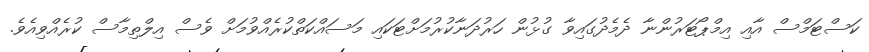
ކަސްޓަމްސް އާއި އިމްޕޯޓަރުންނާ ދެމެދުގައިވާ ގުޅުން ހަރުދަނާކުރުމަށްޓަކައި މަސައްކަތްކުރެއްވުމަށް ވެސް އިލްތިމާސް ކުރެއްވިއެވެ.